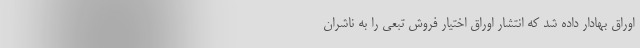
اوراق بهادار داده شد که انتشار اوراق اختیار فروش تبعی را به ناشران